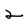
Character: 2